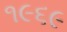
૧૯૬૯